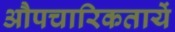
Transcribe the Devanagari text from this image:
औपचारिकतायें